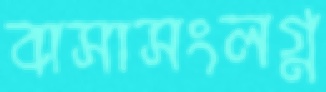
বাসাসংলগ্ন